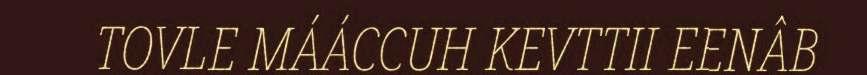
TOVLE MÁÁCCUH KEVTTII EENÂB